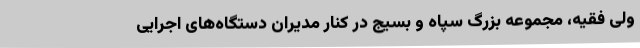
ولی فقیه، مجموعه بزرگ سپاه و بسیج در کنار مدیران دستگاه‌های اجرایی